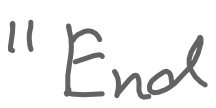
Text: "End
Cross-out: clean
Writing tool: digital_gray